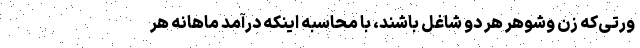
ورتی‌که زن وشوهر هر دو شاغل باشند، با محاسبه اینکه درآمد ماهانه هر